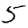
Digit: 5